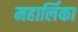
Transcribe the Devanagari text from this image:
महार्लिका